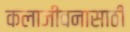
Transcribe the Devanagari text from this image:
कलाजीवनासाठी